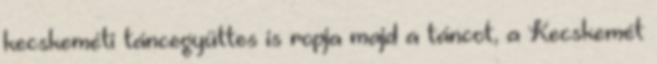
kecskeméti táncegyüttes is ropja majd a táncot, a Kecskemét